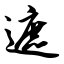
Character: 遮